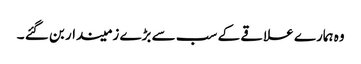
وہ ہمارے علاقے کے سب سے بڑے زمیندار بن گئے ۔